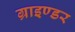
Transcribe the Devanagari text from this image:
ग्राइण्डर